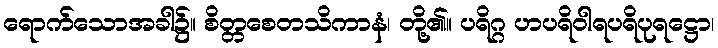
ရောက်သောအခါ၌။ စိတ္တစေတသိကာနံ၊ တို့၏။ ပရိဂ္ဂ ဟပရိဝါရပရိပုရဋ္ဌော၊